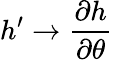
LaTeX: h^{\prime}\rightarrow\frac{\partial h}{\partial\theta}